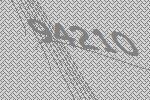
94210